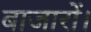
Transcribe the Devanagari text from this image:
बाजारों।